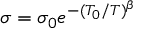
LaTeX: \sigma = \sigma _ { 0 } e ^ { - ( T _ { 0 } / T ) ^ { \beta } }